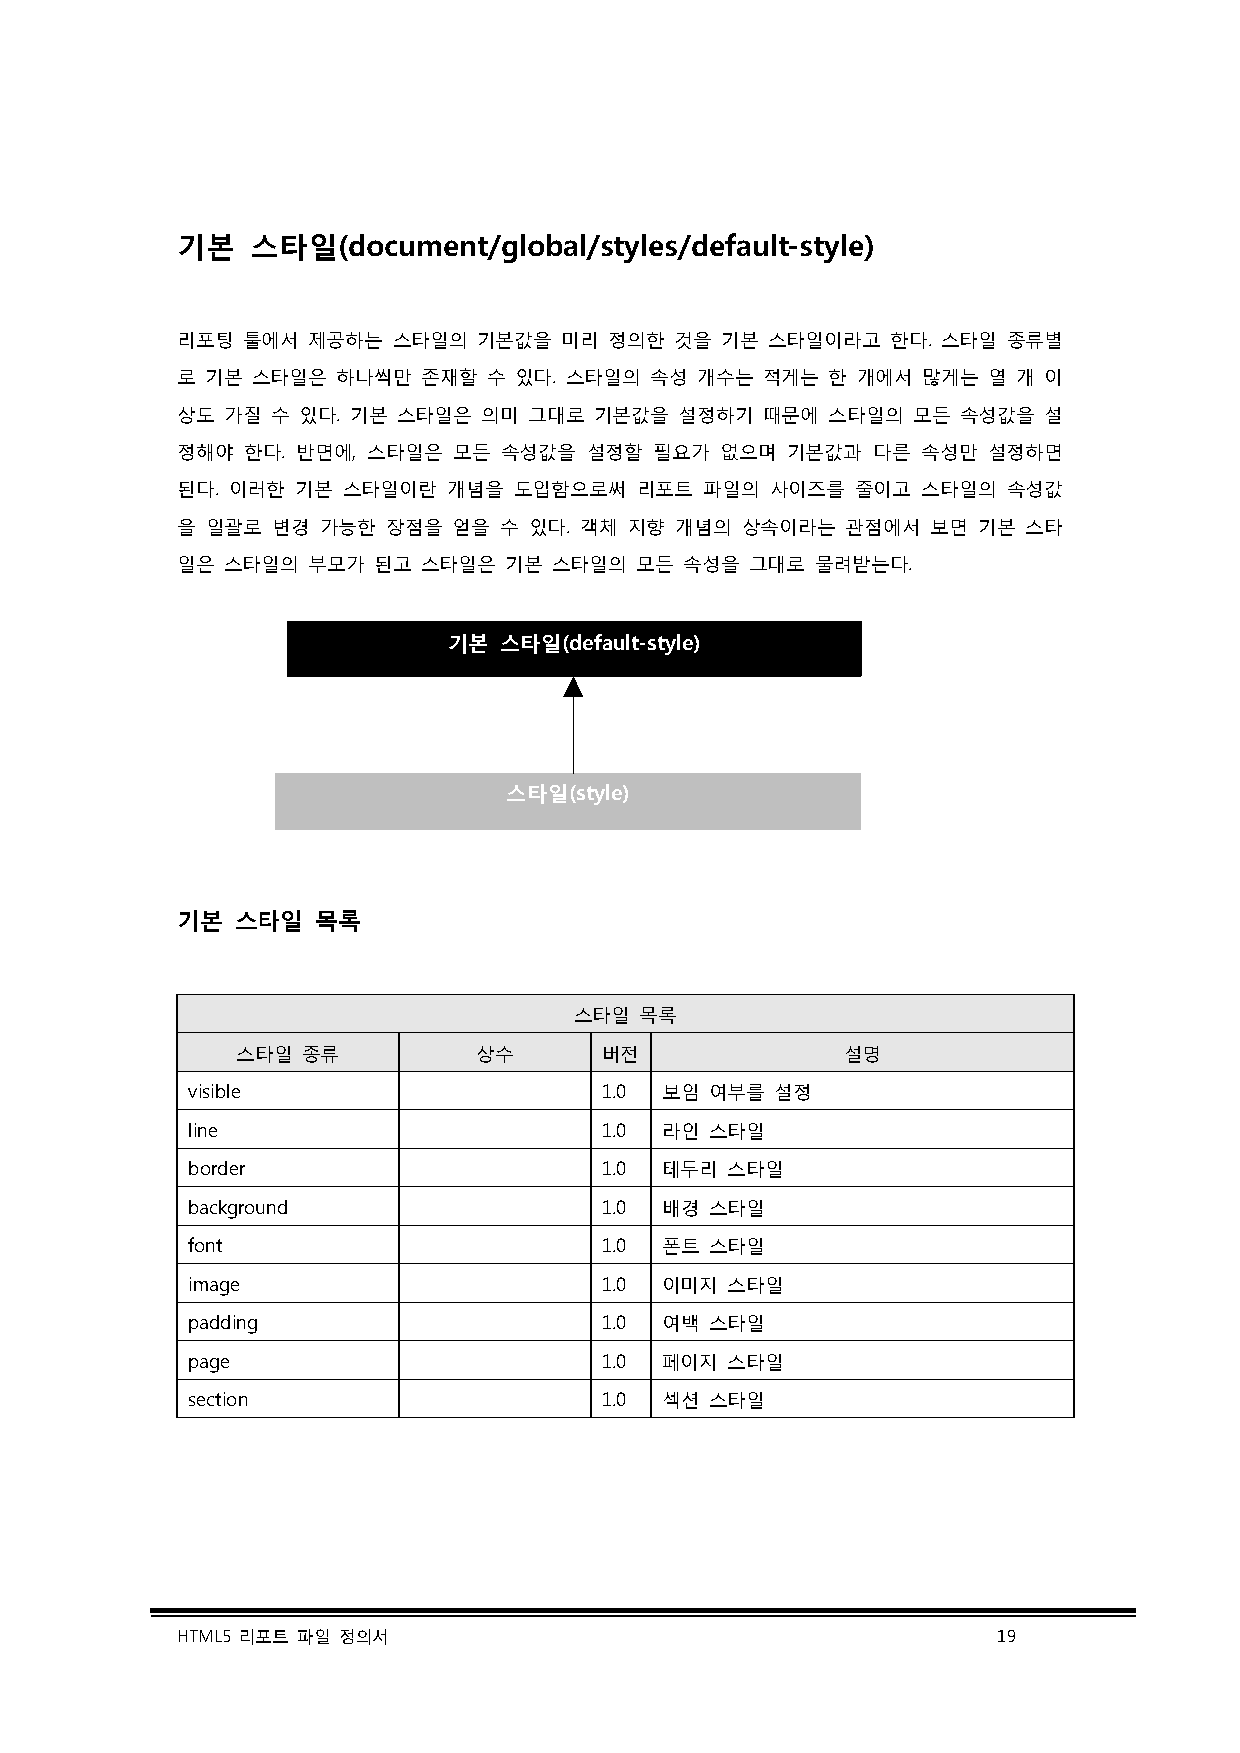
기본   스타일(document/global/styles/default-style)
 리포팅 툴에서 제공하는  스타일의  기본값을 미리 정의한  것을 기본 스타일이라고  한다. 스타일 종류별
 로 기본 스타일은 하나씩만  존재할 수 있다. 스타일의 속성 개수는 적게는  한 개에서 많게는 열 개 이
 상도 가질 수 있다. 기본 스타일은 의미 그대로 기본값을  설정하기 때문에  스타일의 모든  속성값을 설
 정해야 한다. 반면에, 스타일은 모든 속성값을  설정할 필요가  없으며 기본값과  다른 속성만 설정하면
 된다. 이러한 기본 스타일이란  개념을 도입함으로써  리포트  파일의 사이즈를  줄이고 스타일의  속성값
 을 일괄로 변경 가능한  장점을 얻을 수 있다. 객체 지향 개념의 상속이라는  관점에서  보면 기본 스타
 일은 스타일의 부모가  된고 스타일은 기본  스타일의 모든 속성을  그대로 물려받는다.
 기본 스타일(default-style)
 스타일(style)
 기본  스타일  목록
 스타일 목록
 스타일 종류         상수       버전              설명
 visible                     1.0 보임 여부를 설정
 line                        1.0 라인 스타일
 border                      1.0 테두리 스타일
 background                  1.0 배경 스타일
 font                        1.0 폰트 스타일
 image                       1.0 이미지 스타일
 padding                     1.0 여백 스타일
 page                        1.0 페이지 스타일
 section                     1.0 섹션 스타일
 HTML5 리포트 파일 정의서                                      19